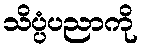
သိပ္ပံပညာကို